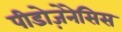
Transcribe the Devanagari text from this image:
पीडोज़ेनेसिस